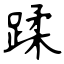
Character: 蹂